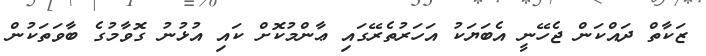
ޒަކާތް ދައްކަން ޖެހޭނީ އެބަޔަކު އަހަރުތެރޭގައި ޢާންމުކޮށް ކައި އުޅުނު ގޮވާމުގެ ބާވަތަކުން